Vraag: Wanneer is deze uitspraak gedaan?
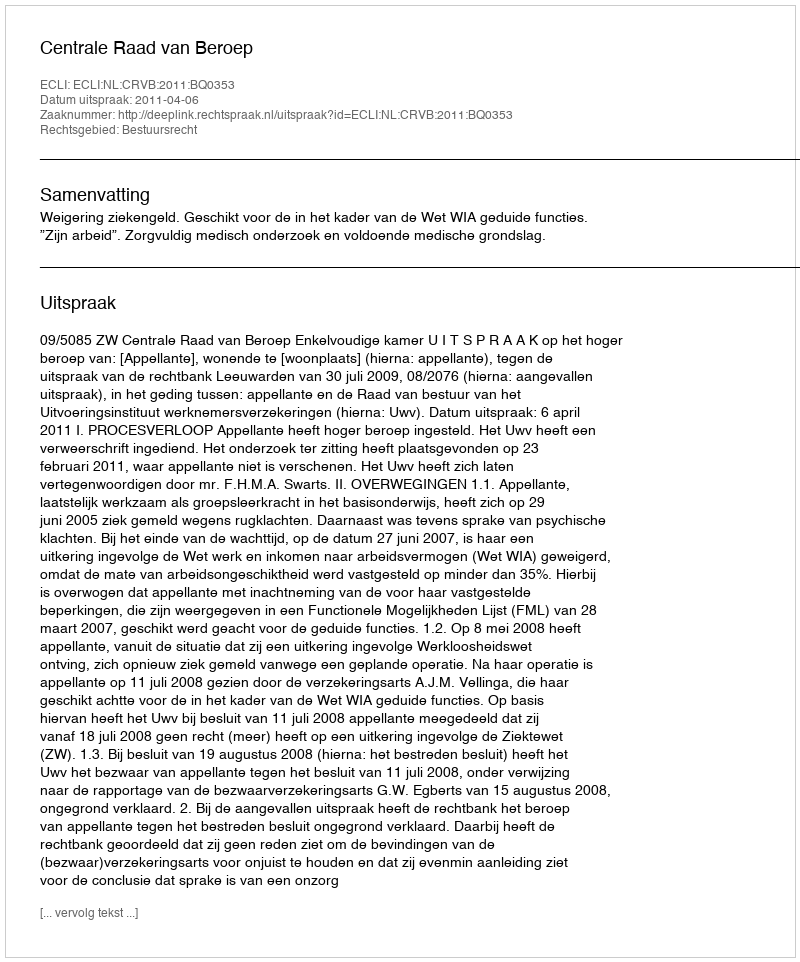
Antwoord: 2011-04-06